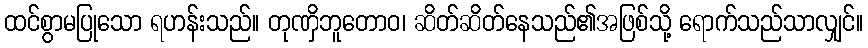
ထင်စွာမပြုသော ရဟန်းသည်။ တုဏှိဘူတောဝ၊ ဆိတ်ဆိတ်နေသည်၏အဖြစ်သို့ ရောက်သည်သာလျှင်။